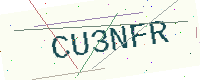
Text: CU3NFR